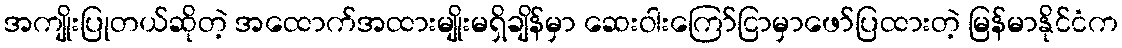
အကျိုးပြုတယ်ဆိုတဲ့ အထောက်အထားမျိုးမရှိချိန်မှာ ဆေးဝါးကြော်ငြာမှာဖော်ပြထားတဲ့ မြန်မာနိုင်ငံက